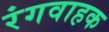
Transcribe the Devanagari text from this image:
रंगवाहक